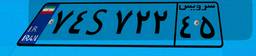
۱۰S۹۶۴۱۵